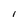
Character: l